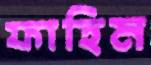
ফাহিম